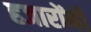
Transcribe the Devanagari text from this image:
हजारोंनी